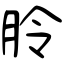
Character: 朎